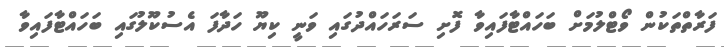
ފަރާތްތަކުން ވޯޓްލުމަށް ބަހައްޓާފައިވާ ފޮށި ސަރަހައްދުގައި ވަނީ ކިޔޫ ހަދާފަ އެސުކޫލުގައި ބަހައްޓާފައިވާ